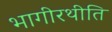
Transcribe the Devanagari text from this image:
भागीरथीति